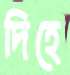
দিহে